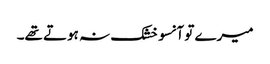
میرے تو آنسو خشک نہ ہوتے تھے۔